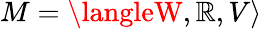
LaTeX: M=\langleW,\mathbb{R},V\rangle